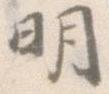
明